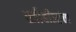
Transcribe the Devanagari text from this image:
स्त्रीबीजांचा